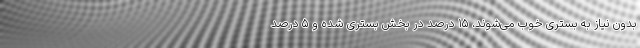
بدون نیاز به بستری خوب می‌شوند، ۱۵ درصد در بخش بستری شده و ۵ درصد